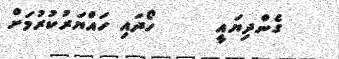
ގެންދިޔައީ     ހޯދައި ހައްޔަރުކުރުމަށް